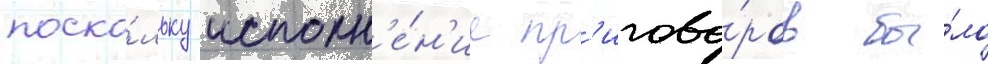
поско́льку исполн'е́н'ие пр'игово́ров бы́ло